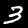
Digit: 3